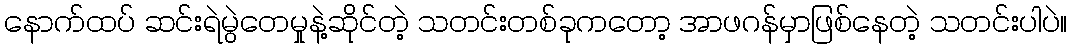
နောက်ထပ် ဆင်းရဲမွဲတေမှုနဲ့ဆိုင်တဲ့ သတင်းတစ်ခုကတော့ အာဖဂန်မှာဖြစ်နေတဲ့ သတင်းပါပဲ။